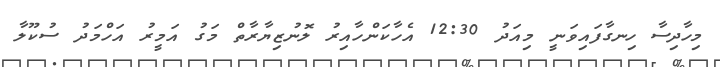
މިހާދިސާ ހިނގާފައިވަނީ މިއަދު 12:30 އެހާކަންހާއިރު ލޮނުޒިޔާރާތް މަގު އަމީރު އަހްމަދު ސުކޫލާ